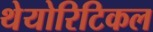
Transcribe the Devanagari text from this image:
थेयोरिटिकल